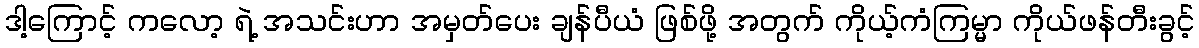
ဒါ့ကြောင့် ကလော့ ရဲ့ အသင်းဟာ အမှတ်ပေး ချန်ပီယံ ဖြစ်ဖို့ အတွက် ကိုယ့်ကံကြမ္မာ ကိုယ်ဖန်တီးခွင့်